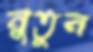
নুতুন